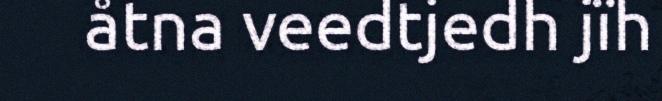
åtna veedtjedh jïh